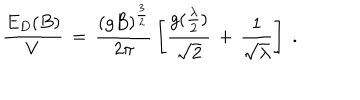
\frac { E _ { D } ( B ) } { V } \, = \, \frac { ( g B ) ^ { \frac { 3 } { 2 } } } { 2 \pi } \, \left[ \frac { g ( \frac { \lambda } { 2 } ) } { \sqrt { 2 } } \, + \, \frac { 1 } { \sqrt { \lambda } } \right] \; .